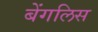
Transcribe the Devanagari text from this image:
बेंगलिस